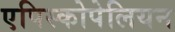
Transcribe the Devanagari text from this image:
एपिस्कोपेलियन